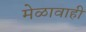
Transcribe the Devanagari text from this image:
मेळावाही